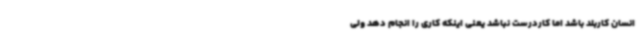
انسان کاربلد باشد اما کاردرست نباشد یعنی اینکه کاری را انجام دهد ولی